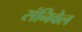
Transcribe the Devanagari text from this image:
संनिवेल